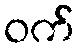
ဝက်